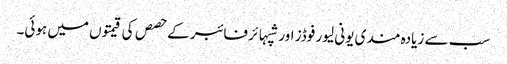
سب سے زیادہ مندی یونی لیور فوڈز اور شپہائر فائبر کے حصص کی قیمتوں میں ہوئی۔